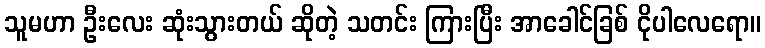
သူမဟာ ဦးလေး ဆုံးသွားတယ် ဆိုတဲ့ သတင်း ကြားပြီး အာခေါင်ခြစ် ငိုပါလေရော။